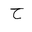
Letter: _ha